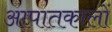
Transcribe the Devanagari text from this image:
आपातकालों